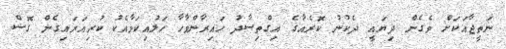
ނަތީޖާއަކަށް ވެގެން ދިޔައީ ދެކުނު ކޮރެއާގެ އިގްތިސާދު ހައިރާންވާހާ ހަލުއިކަމާއެކު ކުރިއަރައިގެން ގޮސް